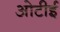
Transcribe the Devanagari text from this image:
ओटीई